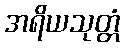
အရိယသုတ္တံ